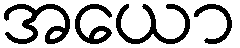
အယော